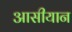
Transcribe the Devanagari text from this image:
आसीयान